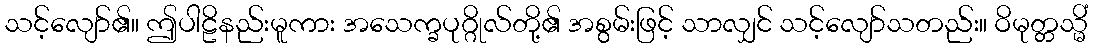
သင့်လျော်၏။ ဤပါဠိနည်းမူကား အသေက္ခပုဂ္ဂိုလ်တို့၏ အစွမ်းဖြင့် သာလျှင် သင့်လျော်သတည်း။ ဝိမုတ္တသ္မိံ